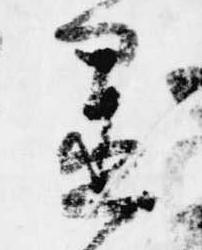
置